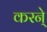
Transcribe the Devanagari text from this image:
करने्